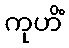
ကုဟိံ